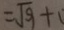
= \sqrt { 9 } +